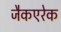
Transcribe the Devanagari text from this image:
जैकएरेक